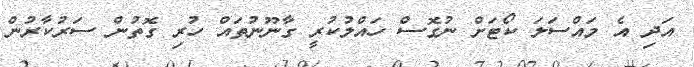
އަދި އެ މައްސަލަ ކޯޓަށް ނުގޮސް ހައްލުކުރީ ގާނޫނުތައް ހުރި ގޮތުން ސަރުކާރުން